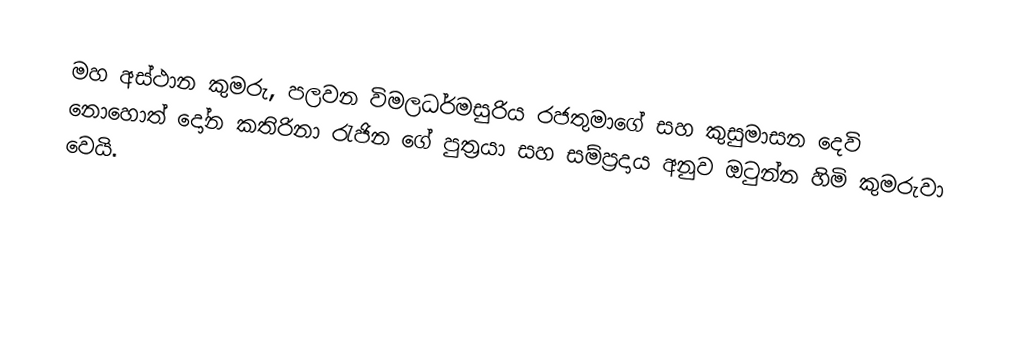
මහ අස්ථාන කුමරු, පලවන විමලධර්මසුරිය රජතුමාගේ සහ කුසුමාසන දෙවි නොහොත් දෝන කතිරිනා රැජින ගේ පුත්‍රයා සහ සම්ප්‍රදාය අනුව ඔටුන්න හිමි කුමරුවා වෙයි.